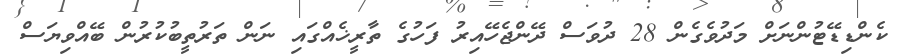
ކެންޑިޑޭޓުންނަށް މަދުވެގެން 28 ދުވަސް ދޭންޖެހޭއިރު ފަހުގެ ތާރީޚެއްގައި ނަން ތަރުތީބުކުރުން ބޭއްވިޔަސް